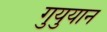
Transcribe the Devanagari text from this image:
गुयुयान